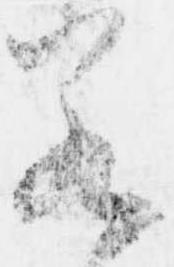
若